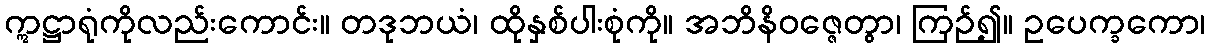
ဣဋ္ဌာရုံကိုလည်းကောင်း။ တဒုဘယံ၊ ထိုနှစ်ပါးစုံကို။ အဘိနိဝဇ္ဇေတွာ၊ ကြဉ်၍။ ဥပေက္ခကော၊